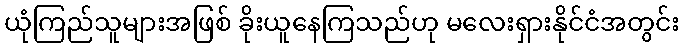
ယုံကြည်သူများအဖြစ် ခိုးယူနေကြသည်ဟု မလေးရှားနိုင်ငံအတွင်း